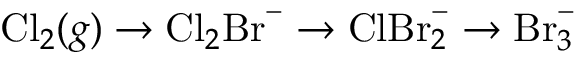
\mathrm { C l } _ { 2 } ( g ) \rightarrow \mathrm { C l } _ { 2 } \mathrm { B r } ^ { - } \rightarrow \mathrm { C l B r } _ { 2 } ^ { - } \rightarrow \mathrm { B r } _ { 3 } ^ { - }